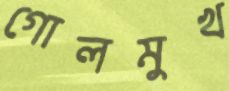
গোলমুখ